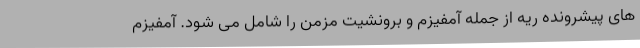
های پیشرونده ریه از جمله آمفیزم و برونشیت مزمن را شامل می شود. آمفیزم